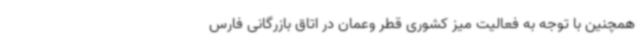
همچنین با توجه به فعالیت میز کشوری قطر وعمان در اتاق بازرگانی فارس